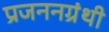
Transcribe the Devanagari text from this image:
प्रजननग्रंथी